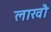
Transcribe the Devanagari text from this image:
लाखौ